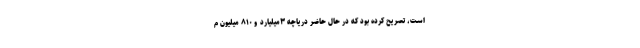
است، تصریح کرده بود که در حال حاضر دریاچه ۳میلیارد و ۸۱۰ میلیون م